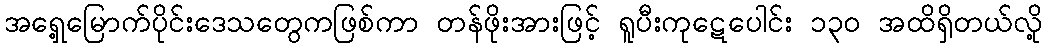
အရှေ့မြောက်ပိုင်းဒေသတွေကဖြစ်ကာ တန်ဖိုးအားဖြင့် ရူပီးကုဋေပေါင်း ၁၃၀ အထိရှိတယ်လို့